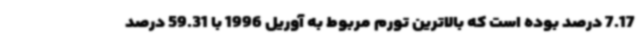
7.17 درصد بوده است که بالاترین تورم مربوط به آوریل 1996 با 59.31 درصد